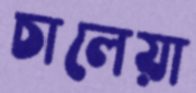
চালেয়া